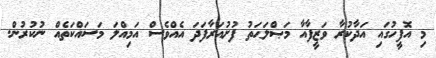
މި އޮފީހުގައި އަދާކުރާ ވަޒީފާއާ މަޞްލަޙަތު ފުށުއަރާފަދަ އެއްވެސް އަމިއްލަ މަސައްކަތެއް ނުކުރުން.